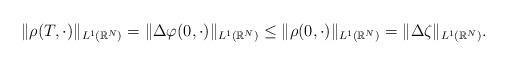
LaTeX: \begin{align*}\|\rho(T,\cdot)\|_{L^1(\mathbb R^N)} =\|\Delta \varphi(0,\cdot)\|_{L^1(\mathbb R^N)}\leq \|\rho(0,\cdot)\|_{L^1(\mathbb R^N)}=\|\Delta \zeta\|_{L^1(\mathbb R^N)}.\end{align*}